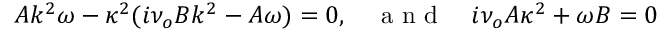
A k ^ { 2 } \omega - \kappa ^ { 2 } ( i \nu _ { o } B k ^ { 2 } - A \omega ) = 0 , \quad \textrm { a n d } \quad i \nu _ { o } A \kappa ^ { 2 } + \omega B = 0